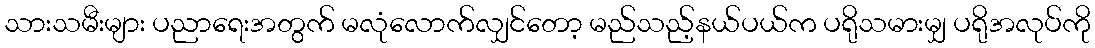
သားသမီးများ ပညာရေးအတွက် မလုံလောက်လျှင်တော့ မည်သည့်နယ်ပယ်က ပရိုသမားမျှ ပရိုအလုပ်ကို